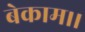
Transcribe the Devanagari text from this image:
बेकाम।।